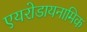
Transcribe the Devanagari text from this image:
एयरोडायनामिक